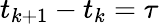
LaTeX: t_{k+1}-t_{k}=\tau